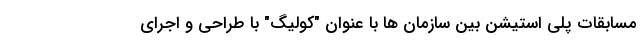
مسابقات پلی استیشن بین سازمان ها با عنوان "کولیگ" با طراحی و اجرای